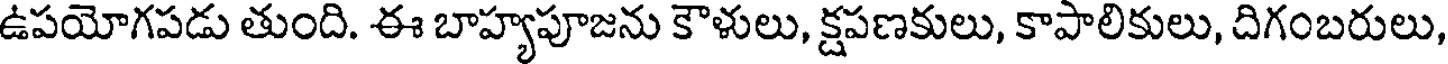
ఉపయోగపడు తుంది. ఈ బాహ్యపూజను కౌళులు, క్షపణకులు, కాపాలికులు, దిగంబరులు,